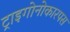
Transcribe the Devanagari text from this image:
ट्राइगोनोकारपस